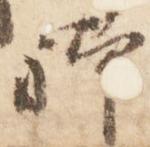
躰